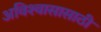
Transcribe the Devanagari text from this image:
अविश्‍वासासाठी